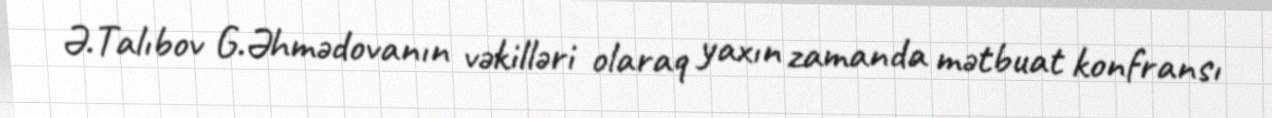
Ə.Talıbov G.Əhmədovanın vəkilləri olaraq yaxın zamanda mətbuat konfransı